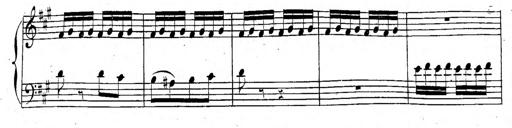
Title: 6 Sonatinen, Op.95
Composer: Ferdinand Hiller
Key: Various